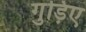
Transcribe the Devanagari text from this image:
गुड़िए